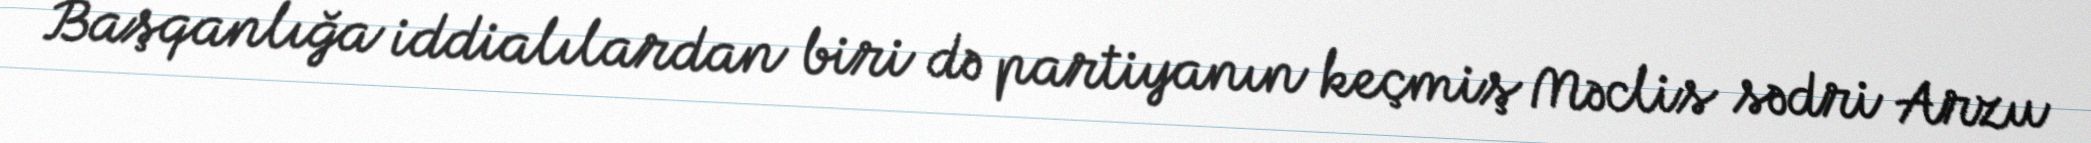
Başqanlığa iddialılardan biri də partiyanın keçmiş Məclis sədri Arzu